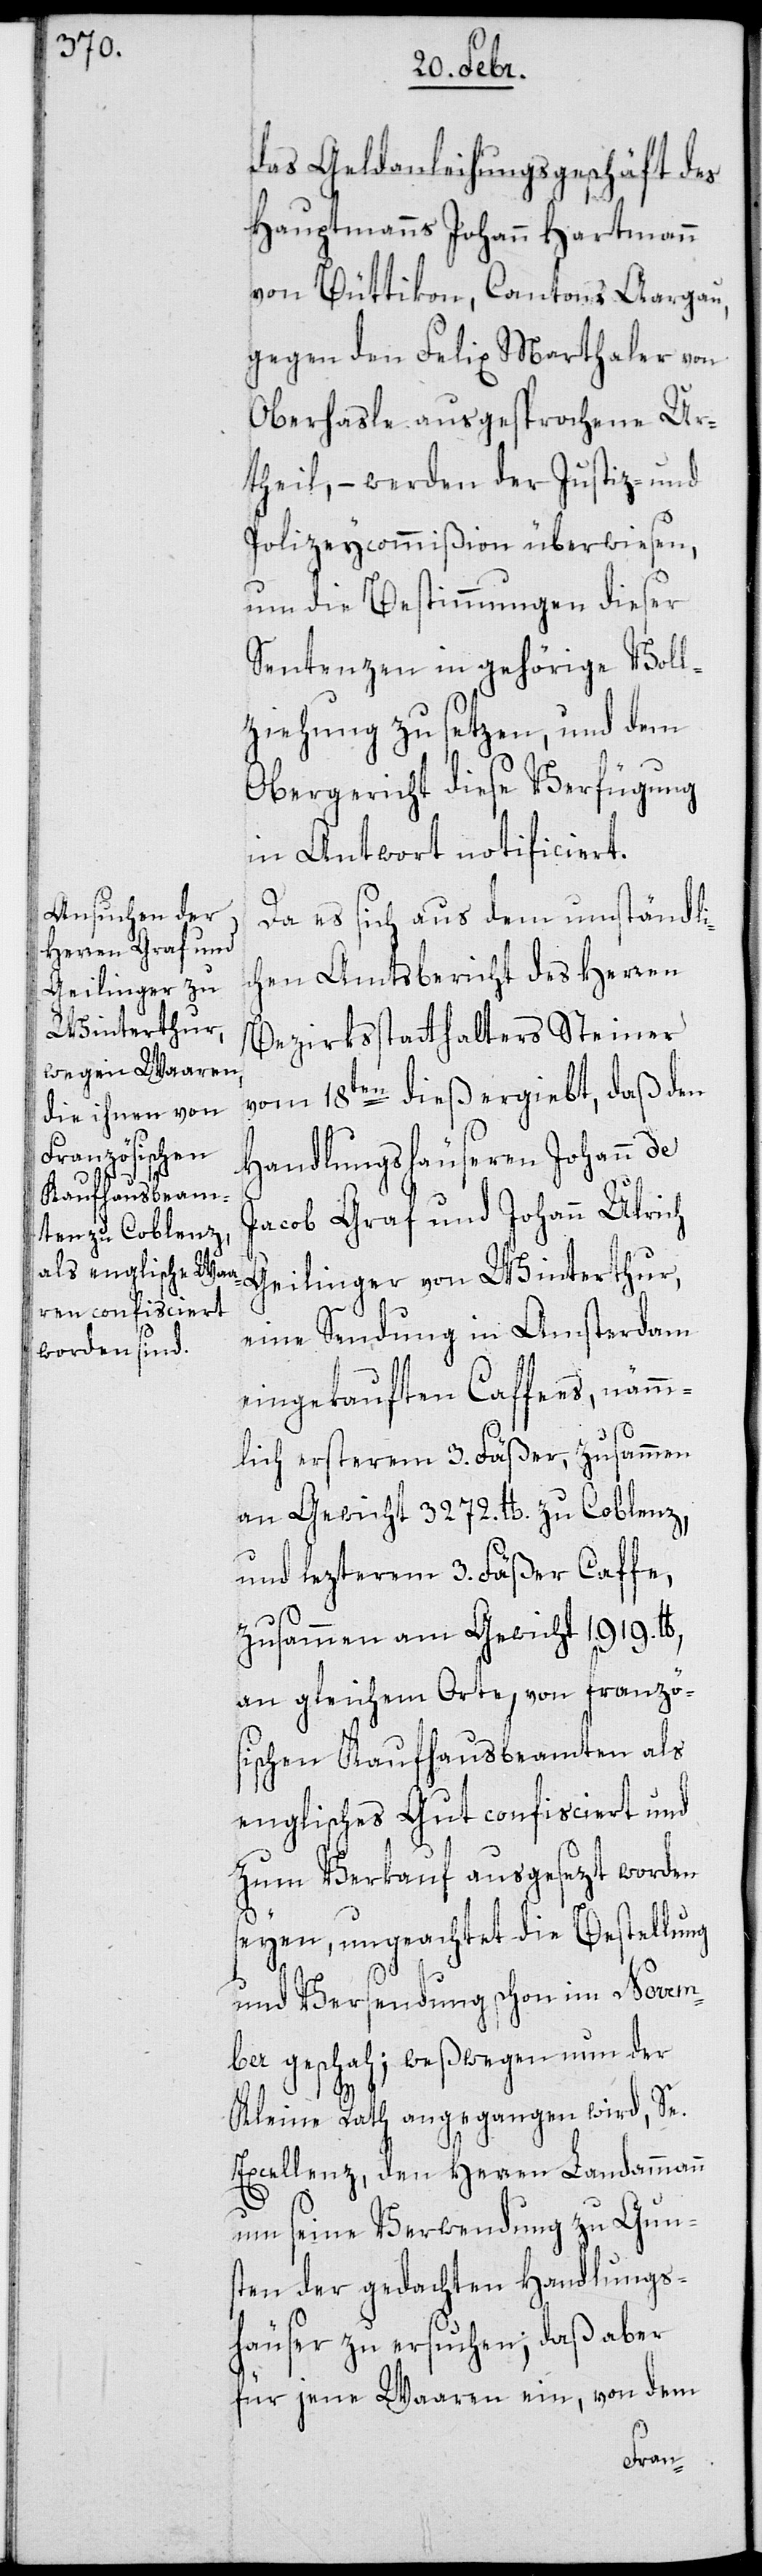
das Geldanleihungsgeschäft des
Hauptmann Johann Hartmann
von Büttikon, Cantons Aargau,
gegen den Felix Marthaler von
Oberhasle ausgesprochene Ur¬
theil, – werden der Justiz- und
Polizeycommißion überwiesen,
um die Bestimmungen dieser
Sentenzen in gehörige Voll¬
ziehung zu setzen, und dem
Obergericht diese Verfügung
in Antwort notificiert.
Da es sich aus dem umständli¬
chen Amtsbericht des Herren
Bezirksstatthalters Steiner
vom 18ten dieß ergiebt, daß den
Handlungshäuseren Johann de
Jacob Graf und Johann Ulrich
Geilinger von Winterthur,
eine Sendung in Amsterdam
eingekauften Caffees, nämm¬
lich ersterem 3. Fäßer, zusammen
an Gewicht 3272. lb. zu Coblenz,
und lezterem 3. Fäßer Caffe,
zusammen an Gewicht 1919.
an gleichem Orte, von franzö¬
sischen Kaufhausbeamten als
englisches Gut confisciert und
zum Verkauf ausgesezt worden
seyen, ungeachtet die Bestellung
und Versendung schon im Novem¬
ber geschah; weßwegen nun der
Kleine Rath angegangen wird, Se.
Excellenz, den Herren Landammann
um seine Verwendung zu Gun¬
sten der gedachten Handlungs¬
häuser zu ersuchen; daß aber
für jene Waaren ein, von dem